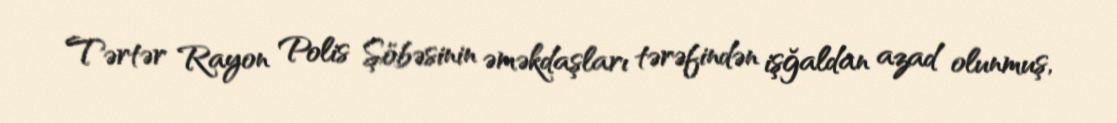
Tərtər Rayon Polis Şöbəsinin əməkdaşları tərəfindən işğaldan azad olunmuş,